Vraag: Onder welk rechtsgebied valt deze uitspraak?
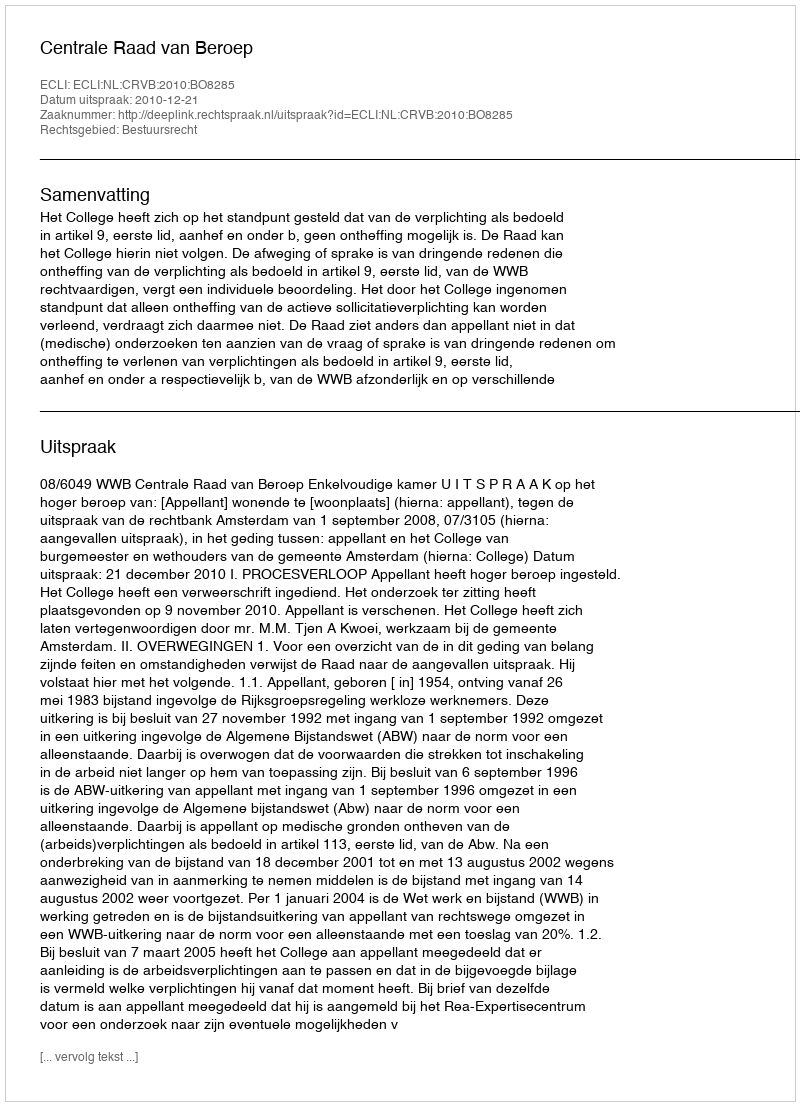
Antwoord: Bestuursrecht